Cholera in India, 1862 to 1881
Year: 1862
Disease focus: Cholera
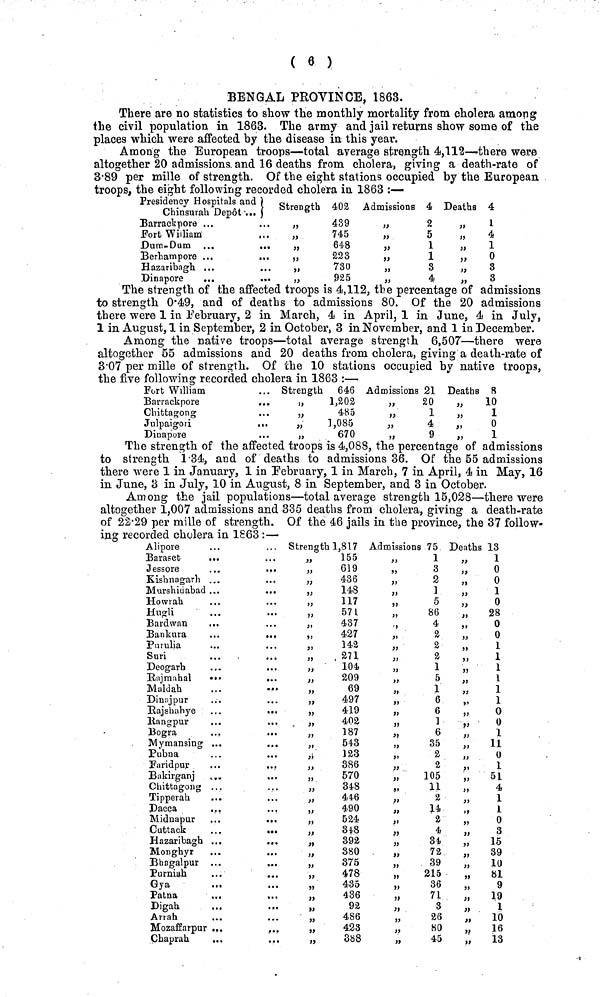
( 6 )
BENGAL PROVINCE, 1863.
There are no statistics to show the monthly mortality from cholera among
the civil population in 1863. The army and jail returns show some of the
places which were affected by the disease in this year.
Among the European troops—total average strength 4,112—-there were
altogether 20 admissions and 16 deaths from cholera, giving a death-rate of
3.89 per mille of strength. Of the eight stations occupied by the European
troops, the eight following recorded cholera in 1863 :—
Presidency Hospitals and )
Chinsurah Depôt ... }
Barrackpore ...
fort William
Dum-Dum
Berhampore ...
Hazaribagh. ...
Binapore
...
Strength
"
"
"
"
"
"
402
439
745
648
223
730
925
Admissions
"
"
"
"
"
"
4
2
5
1
1
3
4
Deaths
"
"
"
"
"
"
4
1
4
1
0
3
3
The strength of the affected troops is 4,112, the percentage of admissions
to strength 0.49, and of deaths to admissions 80. Of the 20 admissions
there were 1 in February, 2 in March, 4 in April, 1 in June, 4 in July,
1 in August, 1 in September, 2 in October, 3 in November, and 1 in December.
Among the native troops—total average strength 6,507—there were
altogether 55 admissions and 20 deaths from cholera, giving a death-rate of
3.07 per mille of strength. Of the 10 stations occupied by native troops,
the five following recorded cholera in 1863 :—
Fort William
Barrackpore
Chittagong
Julpaigori
Dinapore
. Strength 646
„
1,202
485
„
1,085
670
Admissions 21
20
1
4
9
Deaths 8
„
10
1
0
1
The strength of the affected troops is 4,088, the percentage of admissions
to strength 1.34, and of deaths to admissions 36. Of the 55 admissions
there were 1 in January, 1 in February, 1 in March, 7 in April, 4 in May, 16
in June, B in July, 10 in August, 8 in September, and 3 in October.
Among the jail populations—total average strength 15,028—there were
altogether 1,007 admissions and 335 deaths from cholera, giving a death-rate
of 22.29 per mille of strength. Of the 46 jails in the province, the 37 follow-
ing recorded cholera in 1863 :—
Alipore
. .
Baraset
. .
Jessore
. .
Kishnagarh . .
Murshidabad . .
Howrah
. .
Hugli
Bard wan
...
Bankura
Purulia
Suri
Deogarh
Rajmahal
···
Maldah
Dinnjpur
Bajshahye
Rangpur
Bogra
Mymansing ..
Pubna
Faridpur
Bakirganj ...
Chittagong . . .
Tipperah
Dacca
Midnapur ...
Cuttack ...
Hazaribagh ...
Monghyr ...
Bhagalpur
Purniah ...
Gya
Patna ....
Digah ...
Α π ah
Mozaffarpur ...
Chaprah ...
... Strength 1,817
155
619
436
148
117
57 L
437
427
142
271
104
„
209
69
497
419
402
187
54.3
123
386
570
348
446
490
524
··
"
348 392
„
380
„
375
478
„
435
436
92
„
486
423
„
388
Admissions 75
1
3
2
1
5
86
4
a
" 2
a
" 1
5
1
6
6
" 1
6
35
" 2
2
105
H
2
14
" 2
"
4
"34
72
39
215
36
71
3
26
80
45
Deaths 13
1
0
0
1
0
"
28
0
0
1
1
" 1
1
1
1
0
0
1
" 11
0
1
„
51
4
1
1
o
3
„
15
„
39
10
"
81
9
"
19
1
"
10
"
16
"
13